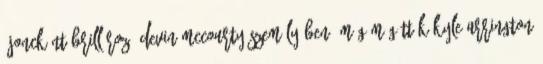
újoncként brillírozó Devin McCourty személyében, míg mögöttük Kyle Arrington